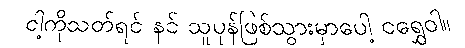
ငါ့ကိုသတ်ရင် နင် သူပုန်ဖြစ်သွားမှာပေါ့ ငရွှေဝါ။